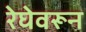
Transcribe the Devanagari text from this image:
रेघेवरून